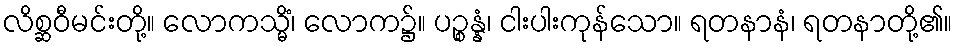
လိစ္ဆဝီမင်းတို့။ လောကသ္မိံ၊ လောက၌။ ပဉ္စန္နံ၊ ငါးပါးကုန်သော။ ရတနာနံ၊ ရတနာတို့၏။